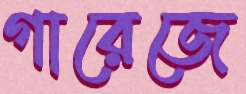
গারেজে